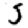
Digit: 5